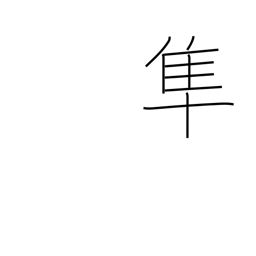
Meaning: falcon